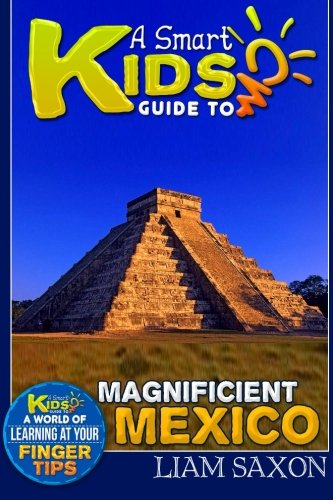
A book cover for A Smart Kids Guide To MAGNIFICENT MEXICO: A World Of Learning At Your Fingertips (Volume 1); Liam Saxon; Children's Books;